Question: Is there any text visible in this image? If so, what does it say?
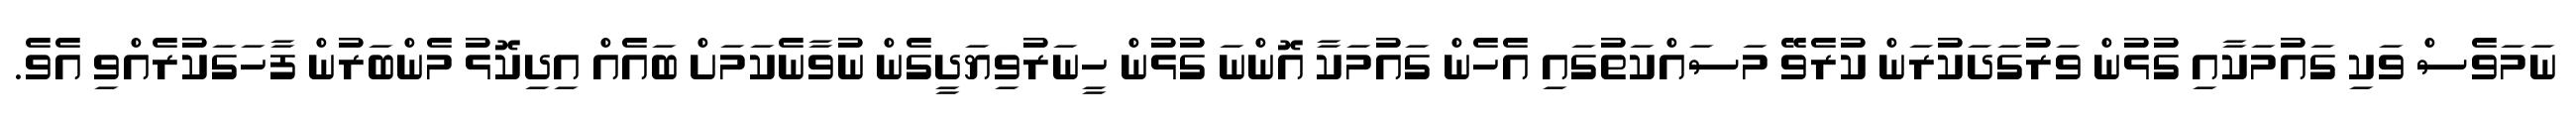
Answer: ނަމަވެސް ވަކި ގައުމަކާއި ގުޅުން ވަރުގަދަކުރަން ކުރެވޭ މަސައްކަތުގައި އެހެން ގައުމަކާ އޮންނަ ގުޅުން ހީނަރުވިޔަދީގެން ނުވާނެކަމަށް ބައެއް އިދިކޮޅު މެންބަރުން ފާހަގަކުރެއްވި އެވެ.